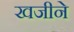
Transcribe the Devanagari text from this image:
खजीने